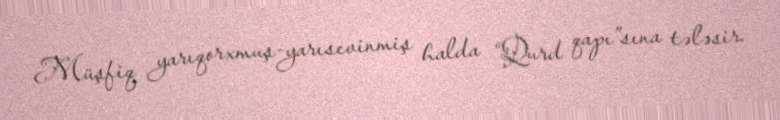
Müşfiq yarıqorxmuş-yarısevinmiş halda “Qurd qapı”sına tələsir.